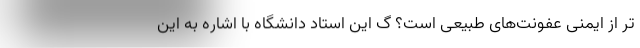
تر از ایمنی عفونت‌های طبیعی است؟ گ این استاد دانشگاه با اشاره به این